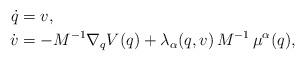
LaTeX: \begin{align*}\dot q&= v,\\\dot v&=-M^{-1}\nabla_qV(q)+\lambda_{\alpha}(q,v)\,M^{-1}\,\mu^{\alpha}(q),\end{align*}